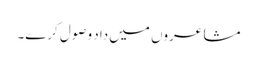
مشاعروں میں داد وصول کرے۔